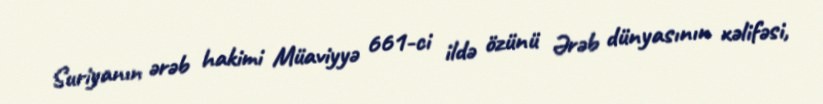
Suriyanın ərəb hakimi Müaviyyə 661-ci ildə özünü Ərəb dünyasının xəlifəsi,